Eesti_Rahvusfond, lk 12
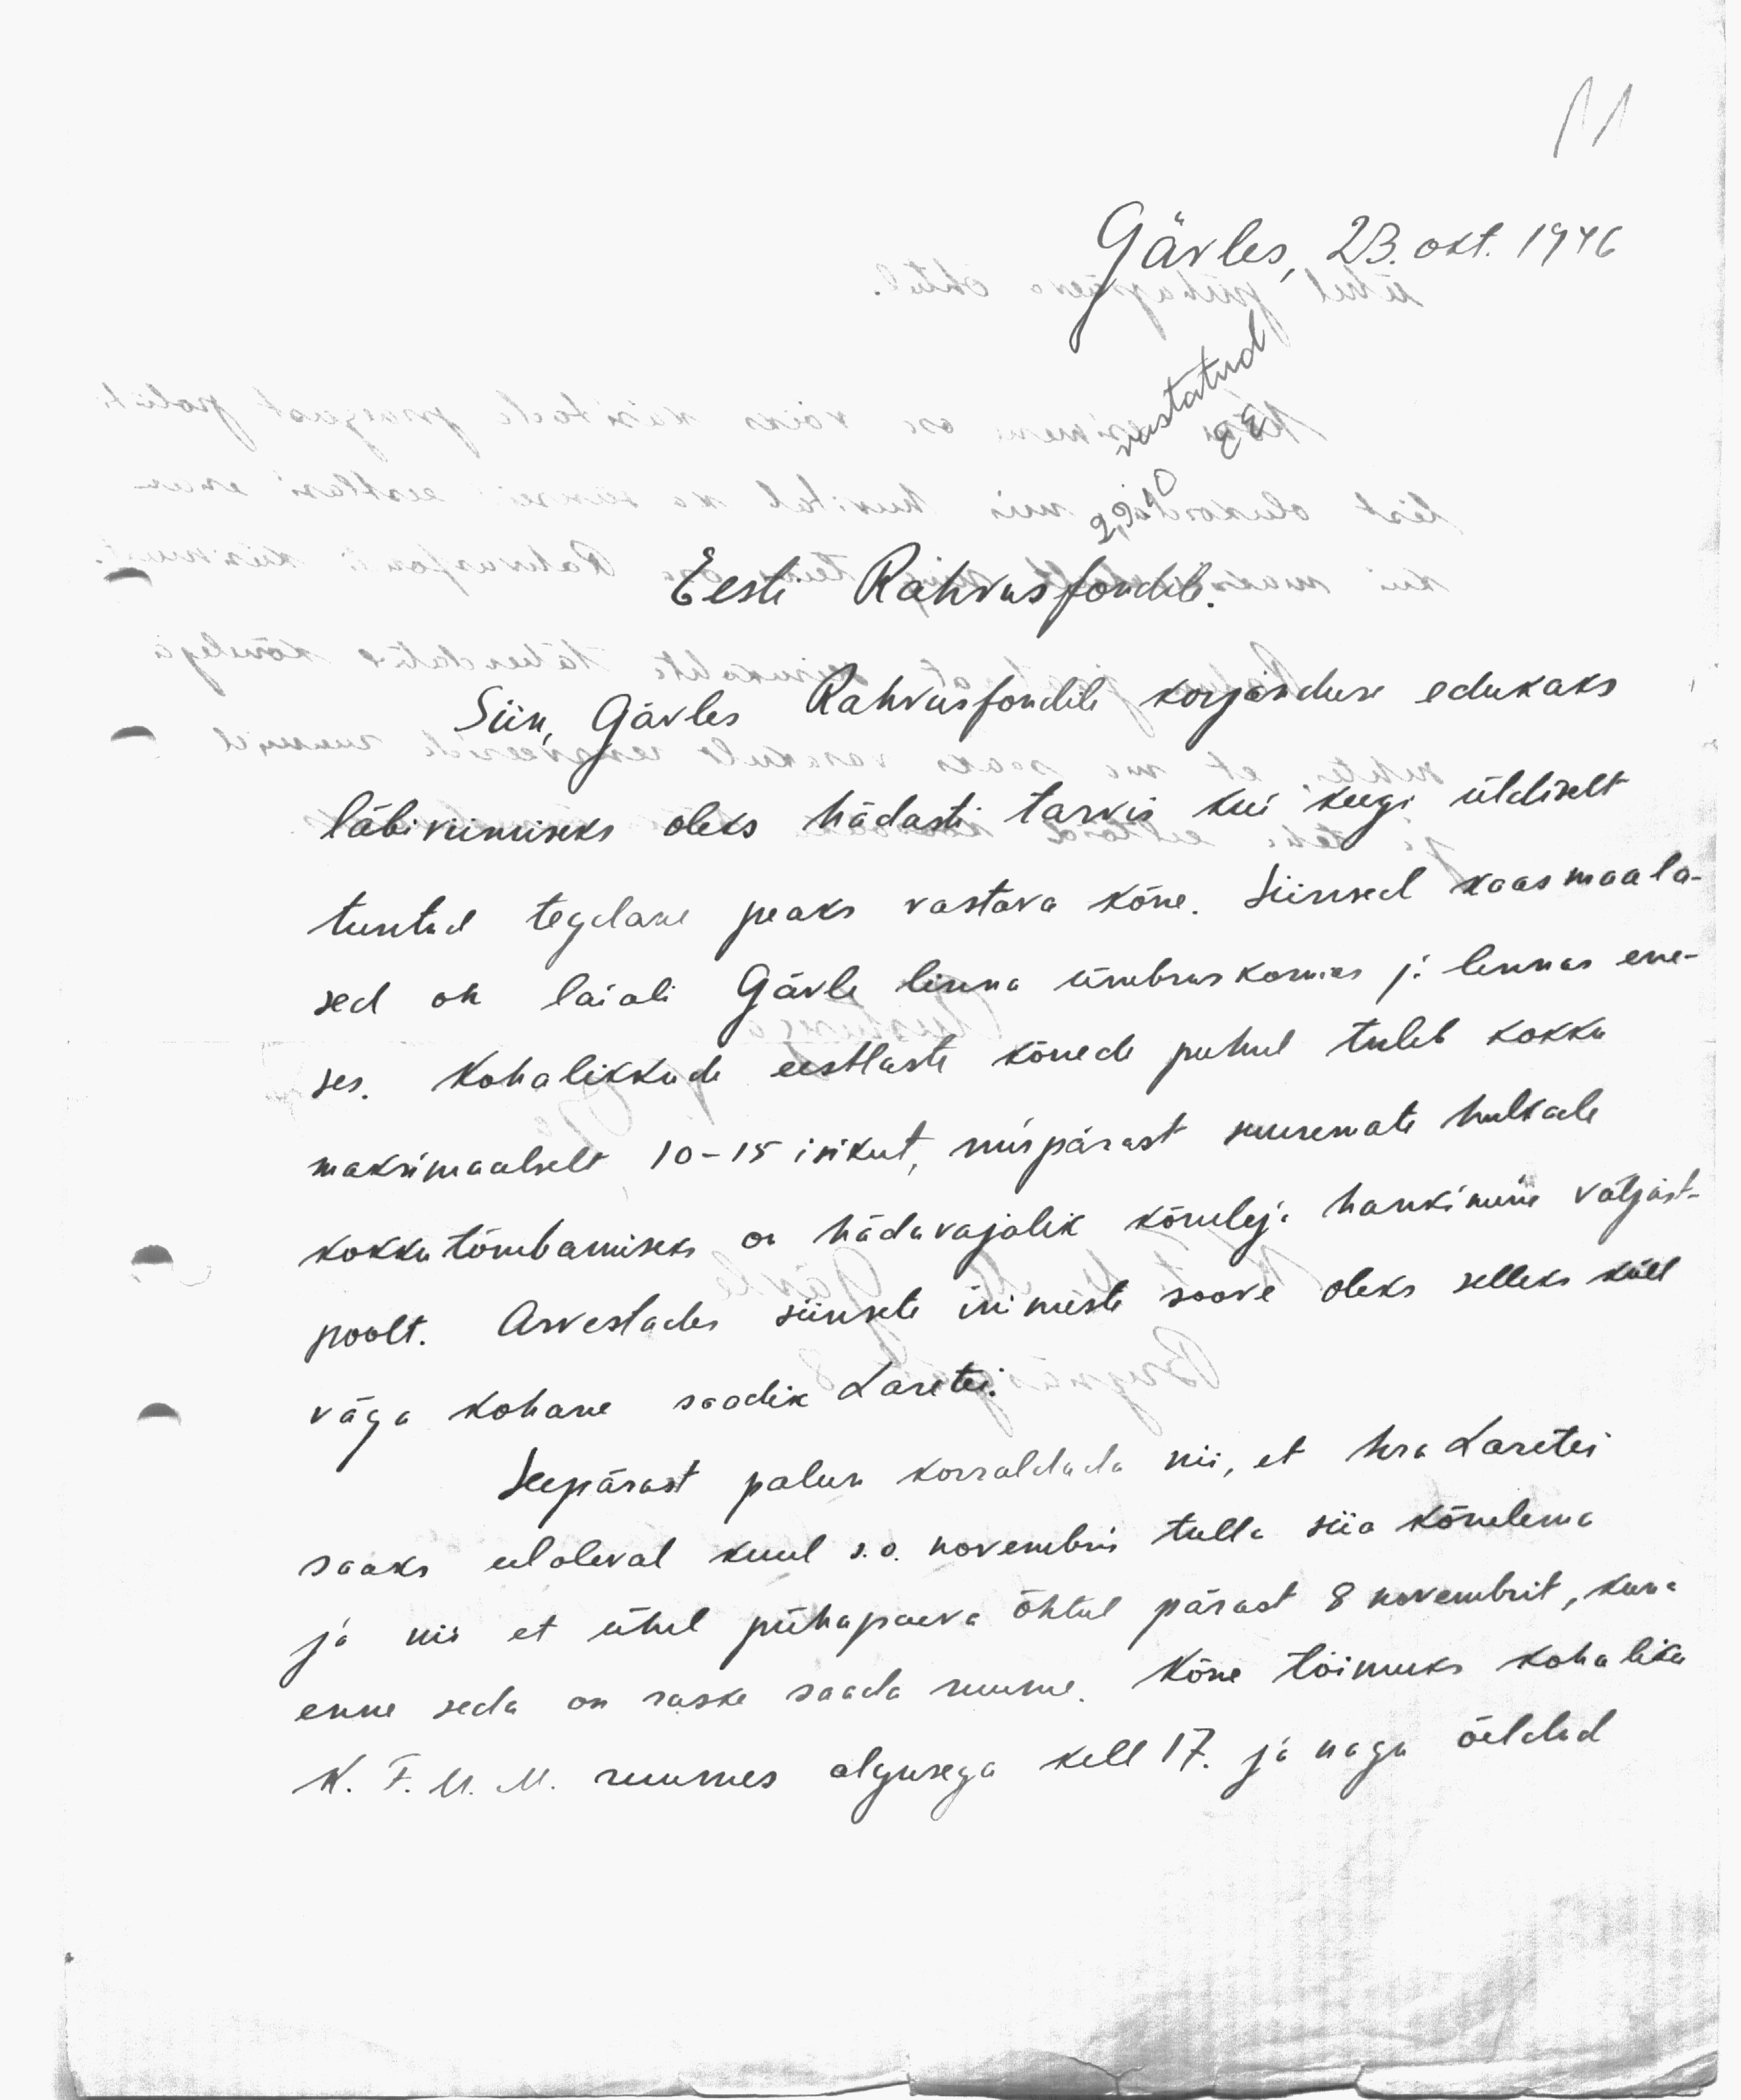
11
Gävles, 23. okt. 1946
vastatud
29.10
Eesti Rahvusfondile
Siin, Gävles Rahvusfondile korjanduse edukaks
läbiviimiseks oleks hädasti tarvis kui keegi üldiselt
tuntud tegelane peaks vastava kõne. Siinsed kaasmaala-
sed on laiali Gävle linna ümbruskonnas ja linnas ene-
ses. Kohalikkude eestlaste kõnede puhul tuleb kokku
maksimaalselt 10 - 15 isikut, mispärast suuremate hulkade
kokkutõmbamiseks on hädavajalik kõneleja hankimine väljast-
poolt. Arvestades siinsete inimeste soove oleks selleks küll
väga kohane saadik Laretei.
Seepärast palun korraldada nii, et hra Laretei
saaks eeloleval kuul s.o. novembris tulla siia kõnelema
ja nii et ühel pühapaeva õhtul pärast 8 novembrit, kuna
enne seda on raske saada ruume. Kõne toimuks kohaliku
K. F. U. M. ruumes algusega kell 17. ja nagu öeldud